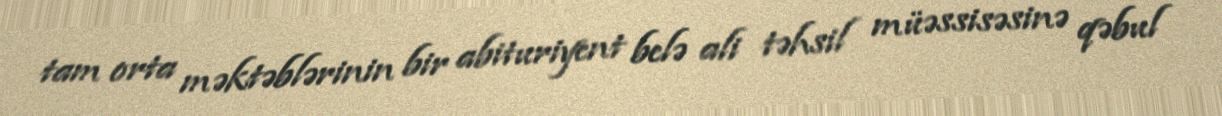
tam orta məktəblərinin bir abituriyent belə ali təhsil müəssisəsinə qəbul